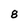
Character: 8